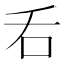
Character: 𠮮